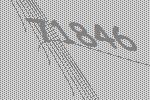
71846